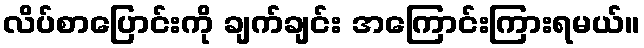
လိပ်စာပြောင်းကို ချက်ချင်း အကြောင်းကြားရမယ်။